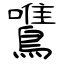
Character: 鷕